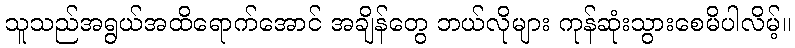
သူသည်အရွယ်အထိရောက်အောင် အချိန်တွေ ဘယ်လိုများ ကုန်ဆုံးသွားစေမိပါလိမ့်။